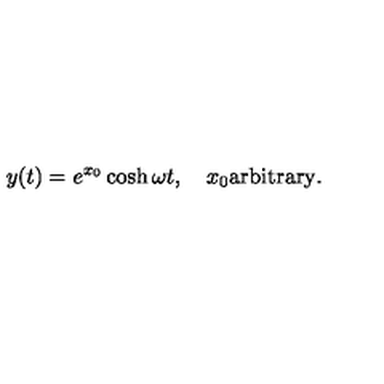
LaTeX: y ( t ) = e ^ { x _ { 0 } } \cosh \omega t , \quad x _ { 0 } \mathrm { a r b i t r a r y } .